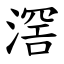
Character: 滘